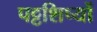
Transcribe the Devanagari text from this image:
पट्टशिष्यों